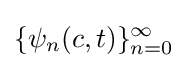
\{\psi _{n}(c,t)\}_{n=0}^{\infty }